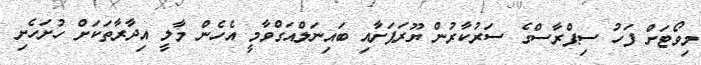
މިވޯޓަށް ފަހު ސިޕްރާސްގެ ސަރުކާރުން ޔޫރަޕަށާއި ބައިނަލްއަގްވާމީ އެހެން މާލީ އިދާރާތަކަށް ހުށަހެށި